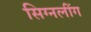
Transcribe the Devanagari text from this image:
सिग्नलींग